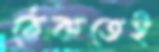
ঠেকতেই